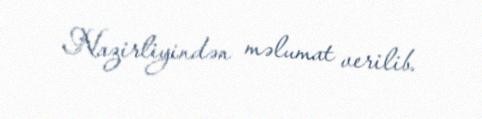
Nazirliyindən məlumat verilib.